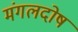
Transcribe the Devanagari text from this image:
मंगलदोष